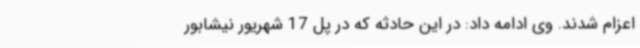
اعزام شدند. وی ادامه داد: در این حادثه که در پل 17 شهریور نیشابور